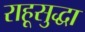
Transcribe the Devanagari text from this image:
राहूसुद्धा